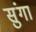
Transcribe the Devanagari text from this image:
सुंगा